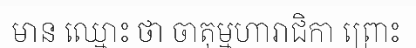
មាន ឈ្មោះ ថា ចាតុម្មហារាជិកា ព្រោះ